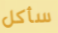
سأكل